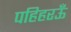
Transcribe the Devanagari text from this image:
पहिहरऊँ